Tezpur Lunatic Asylum reports 1877-1894 - 1877-1894
Year: 1877
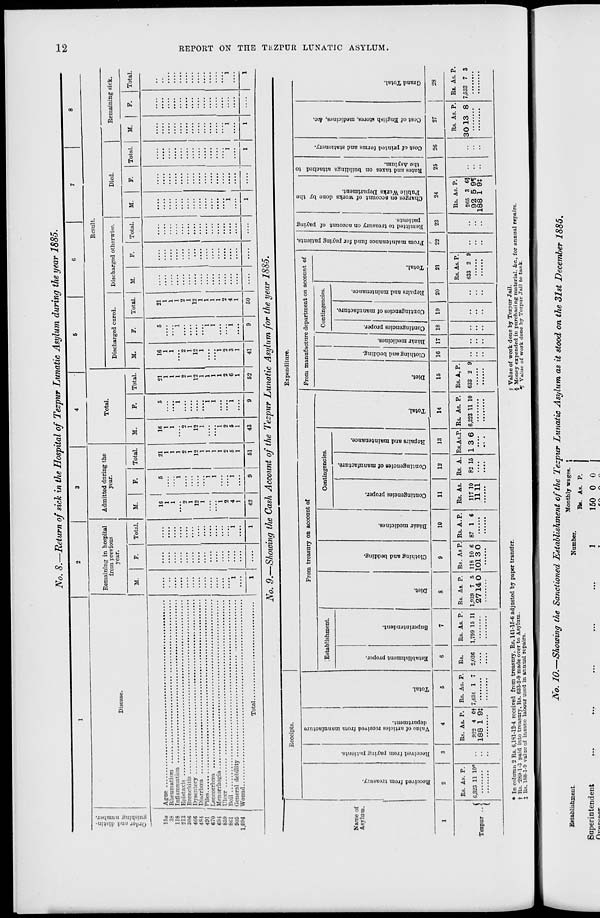
No. 8.—Return < ?/ sick in the Hospital of Tezpu r Lunatic Asylum during the year 1885.
1
2
3
4
6
6
7
8
Sg
Disease.
Remaining in hospital
from previous
year.
Admitted during the
year.
Total.
Result.
£ tf
Discharged cured.
Discharged otherwise.
Died.
Remaining sick.
M.
F.
Total.
M.
F.
Total.
M.
F.
Total.
M.
F.
Total.
M.
F.
Total.
M.
F.
Total.
M.
F.
Total.
ISa
"l
....
"i
16 1
5
21
1
1
1
2
1
12
1
1
1
1
2
5
1
16
1
1
"2
1
12
1
...
2
5
1
5
...
...
1
"i
21
1
1
1
2
1
12
1
1
1
1
2
6
1
16
1
1
"2
1
12
1
...
2
3
1
5
"i
"i
1
....
21
1
1
1
2
1
12
1
1
1
1
2
4
1
....
....
38
1
1
2
1
12
1
"i
2
4
1
"i
...
l
"i
...
...
1)8
213
Kflfi
466
4R4
491
670
694
BS9
8C1
905
1,004
1
1
1
1
1
1
....
l
42
9
51
43
9
52
41
9
50
....
....
....
1
....
1
1
....
1
No. 9.- —Showing the Cash Account of the Tezpur Lunatic Asylum for the year 1885.
Receipts.
Expenditure.
0
tn
to
0
0
s
0
2
From treasury on account of
From manufacture department on account of
d
«
P.
to
1?
p.
0
0
O
.3
O
£
ci
4
Establishment
Contingencies.
Contingencies.
a
«
0
■a
d
d
0
s"
/
1
£
s
0
8
cS
3
O
•3 .
to
GO
Harae of
0
£
0
.
3
0
a
||
■3
•a
•a
Asylum.
D
s
s
0
•0
p
0
to
">>
Be
d
0
•V
0
>
8 0
■0
6
0
■3 .
3? 13
^•g
2 3
"3
0
0
o,
0
s.
c
i
s
3
a
H
a
0
•0
p
0
a
S3.
a
CO
0
3
tab
•3
1
•8
a
3
0
D
c
2>
■3 0
a
-C3
■<!
n
!
A
a
81
c
a
0
O
Contingencies of raanufa
8
3
a
1 a
•0
a
3
'3
Q.
0
«
0
5 1
I ■a
a
•0
5
to
c
0
3
_a
'3
'•5
1
-cj
I
« 1
1
p.
'3
a
to
a
0
6
a
a
a
a
a
s
a
0
O
0
0
5
3
c
"5
a
•a
a
A
"3
0
s
a
0
c
ci
13
9
1
a
a
3
d
>>
3
3
0
a •«
■-.§
§ 3
o-g
s|
go
g s
2 °
*?3
as B
'3
0
3
O
0
X .
3 >>
2°
PS*
8
C3
I
<s
-a
0
0
O
a
c
A
"3i
□
0
c
O
"3
0
•a
s
t5
1
2
3
4
5
6
7
8
9
10
11
12
13
14
15
16 17 18
19
20
- 1 22 23 24 25 26 27 28
Rs. As. P.
Rs. As. P. Rs. As. P.
Rs.
Rs. As. P. Rs. As. P. Rs. As P. Rs. A. P.
Rs. As. Rs. A. Rs.As.P. Rs. As. P. Rs. A, P.
Rs. As. P.
Rs. As. P.
Rs. As. P. Rs. As. P.
( 6,323 11 10*
9'2 4 Of 7,434 1 7
2,036
1,799 15 11 1,039 7 5 118 10 6 87 1 6
117 10
82 15 13 6 6,323 11 10 633 2 9
633 2 9
265 3 6}
30 13 8 7,533 7 3
Tezpur .. <
.. 188 1 9t
....
2714 0 1013 0
1111
92 5 9t
I
....
188 1 9t
'"
• In column 2 Rs. 6,1 SI-12-4 received from treasury, Rs. 141-15-6 adjusted by paper transfer,
t Rs. -28ft-l-3 paid into treasury, Rs. 633-2-9 made over to Asylum,
j Rs. 188-1-9 value of insane labour used in annual repairs.
|l Value of work done by Tezpur Jail.
§ Money expended in purchasing material. &c, for annual repairs.
•T Value of work done by Tezpur Jail to tank.
-
Establishment.
Superintendent
llwrnrniMMi
#b. lO.-Showing the Sanctioned Establishment of the Tezpur Lunatic Asylum as it stood on the 31st December 1885.
Monthly wages. {
Rs. As. P.
Number.
1
150 0 0
i—»
w
o
w
O
tz{
H
a
M
tsj
a
to
►
3